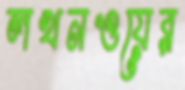
লখনওয়ের